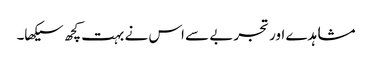
مشاہدے اور تجربے سے اس نے بہت کچھ سیکھا۔